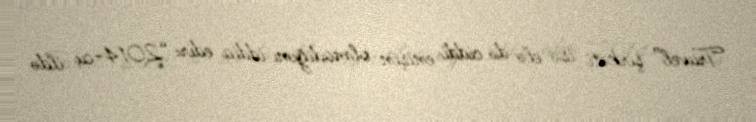
Travel” şirkəti isə elə də ciddi enişin olmadığını iddia edir: “2014-cü ildə